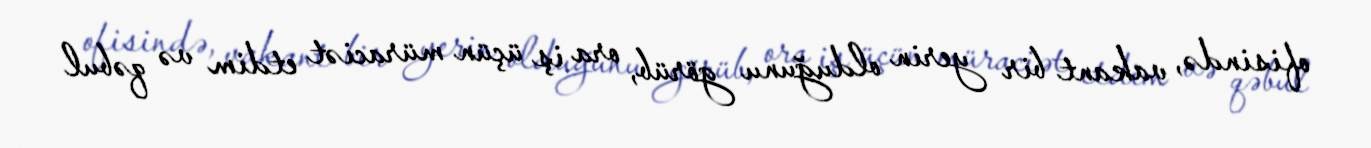
ofisində, vakant bir yerin olduğunu görüb, ora iş üçün müraciət etdim və qəbul